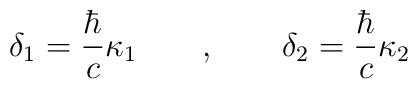
\delta _1=\frac \hbar c\kappa _1\qquad ,\qquad \delta _2=\frac\hbar c\kappa _2